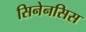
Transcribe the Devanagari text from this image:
सिनेनसिस